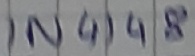
Text: IN4148